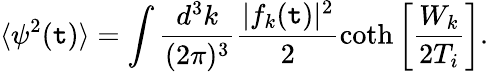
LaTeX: \langle\psi^{2}(\mathtt{t})\rangle=\int\frac{{d^{3}k}}{{(2\pi)^{3}}}\frac{{|f_{k}(\mathtt{t})|^{2}}}{{2}}\coth\left[\frac{{W_{k}}}{{2T_{i}}}\right].